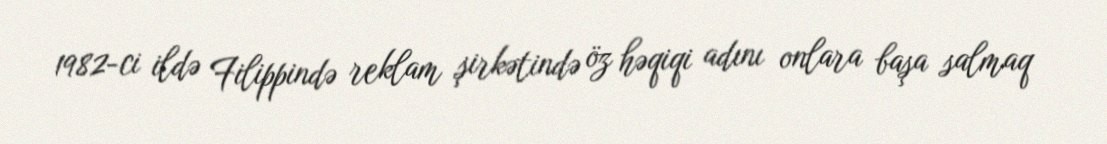
1982-ci ildə Filippində reklam şirkətində öz həqiqi adını onlara başa salmaq